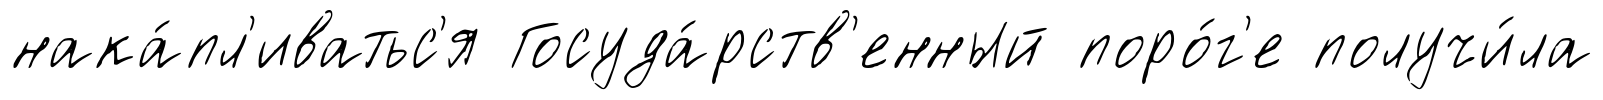
нака́пл'иватьс'я Госуда́рств'енный поро́г'е получи́ла